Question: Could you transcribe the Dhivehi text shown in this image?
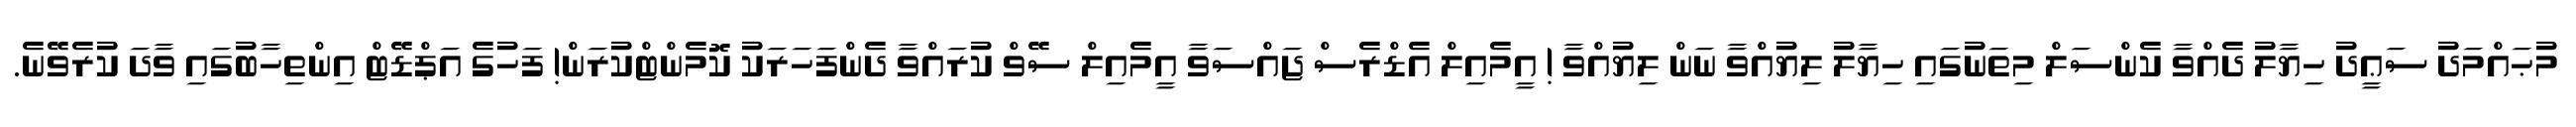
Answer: މުޙައްމަދު ސަޢީދު ހިޔާލު ދެއްވާ ކެންސަލް މިތަނުގައި ހިޔާލު ލިޔުއްވާ ނަން ލިޔުއްވާ ! އީމެއިލް އެޑްރެސް ޖައްސަވާ އީމެއިލް ސޭވް ކުރައްވާ ދެންފަހަރަކު ކޮމެންޓްކުރަން! ފަހުގެ އަޕްޑޭޓް އިންތިހާބުގައި ވާދަ ކުރެވޭނެ.